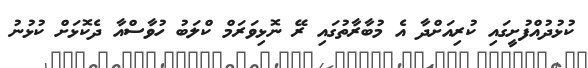
ކުޅުދުއްފުށީގައި ކުރިއަށްދާ އެ މުބާރާތުގައި ރޭ ނޮޅިވަރަމް ކްލަބު ހުވާސްއާ ދެކޮޅަށް ކުޅުނު